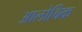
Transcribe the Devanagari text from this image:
आलोचिक